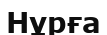
Нұрға